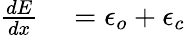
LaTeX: \begin{array}{rl}{\frac{dE}{dx}}&{{}=\epsilon_{o}+\epsilon_{c}}\end{array}